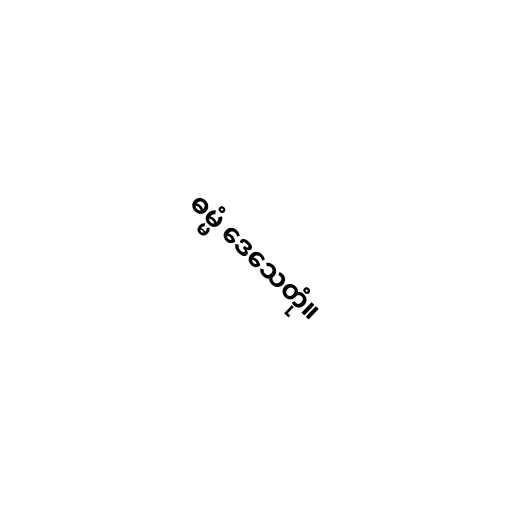
ဓမ္မံ ဒေသေတုံ။